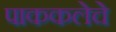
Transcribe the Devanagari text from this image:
पाककलेचे